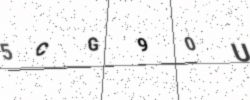
Text: 5CG90U